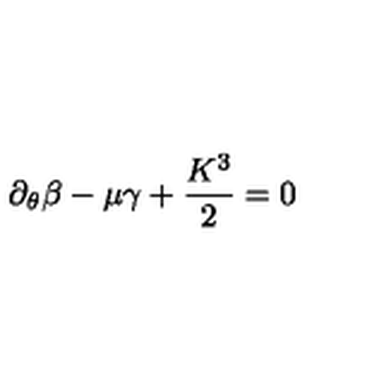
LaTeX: \partial _ { \theta } \beta - \mu \gamma + \frac { K ^ { 3 } } { 2 } = 0